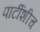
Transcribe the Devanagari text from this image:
पार्टीशीच